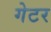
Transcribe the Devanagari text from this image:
गेटर